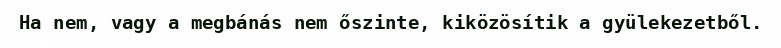
Ha nem, vagy a megbánás nem őszinte, kiközösítik a gyülekezetből.